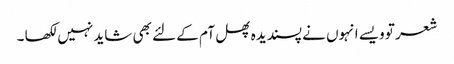
شعر تو ویسے انہوں نے پسندیدہ پھل آم کے لئے بھی شاید نہیں لکھا ۔